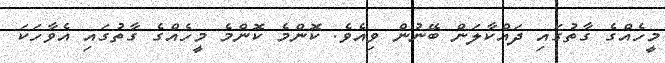
މީހެއްގެ ގާތުގައި ދައްކާލަން ބޭނުން ވިއެވެ. ކޮންމެ ކޮންމެ މީހެއްގެ ގާތުގައި އެވާހަކަ